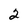
Character: 2